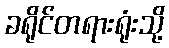
ခရိုင်တရားရုံးသို့